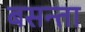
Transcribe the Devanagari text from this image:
बसन्ता